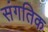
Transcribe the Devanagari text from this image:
संगतिक